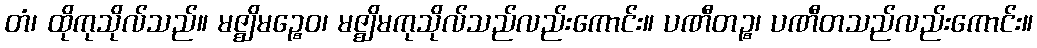
တံ၊ ထိုကုသိုလ်သည်။ မဇ္ဈိမဉ္စေဝ၊ မဇ္ဈိမကုသိုလ်သည်လည်းကောင်း။ ပဏီတဉ္စ၊ ပဏီတသည်လည်းကောင်း။